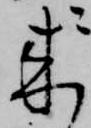
来